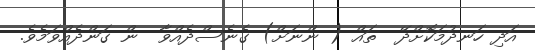
އަދި ހަނދުމަކޮށްދޭ  ތައް ( ންނަށް) ގެނެސްދެއްވާ  ން ގަންދެއްވަމެވެ.